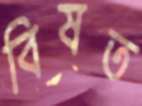
বিষত